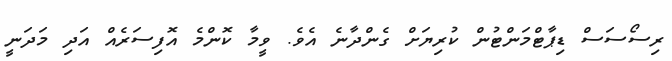
ރިސޯސަސް ޑިޕާޓްމަންޓުން ކުރިޔަށް ގެންދާނެ އެވެ. ވީމާ ކޮންމެ އޮފިސަރެއް އަދި މަދަނީ